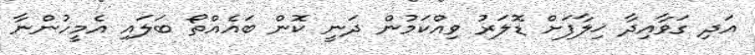
އަދި ގަވާއިދާ ޚިލާފަށް ޑޮލަރު ވިއްކަމުން ދަނީ ކޮން ބައެއްތޯ ބަލައި އެމީހުންނާ